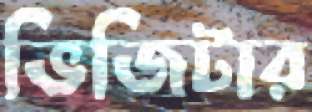
ভিজিটার